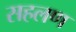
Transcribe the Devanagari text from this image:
सहलण